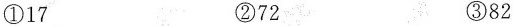
①17 ②72 ③82